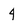
Character: 4